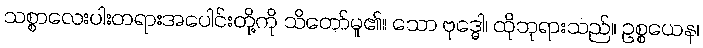
သစ္စာလေးပါးတရားအပေါင်းတို့ကို သိတော်မူ၏။ သော ဗုဒ္ဓေါ၊ ထိုဘုရားသည်။ ဥစ္စယေန၊